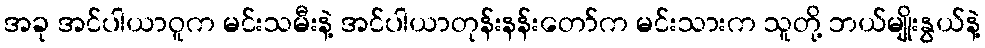
အခု အင်ပါယာဝူက မင်းသမီးနဲ့ အင်ပါယာတုန်းနန်းတော်က မင်းသားက သူတို့ ဘယ်မျိုးနွယ်နဲ့